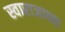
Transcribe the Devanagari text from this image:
स्वाराजाच्या